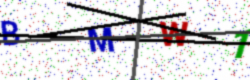
Text: BMW1